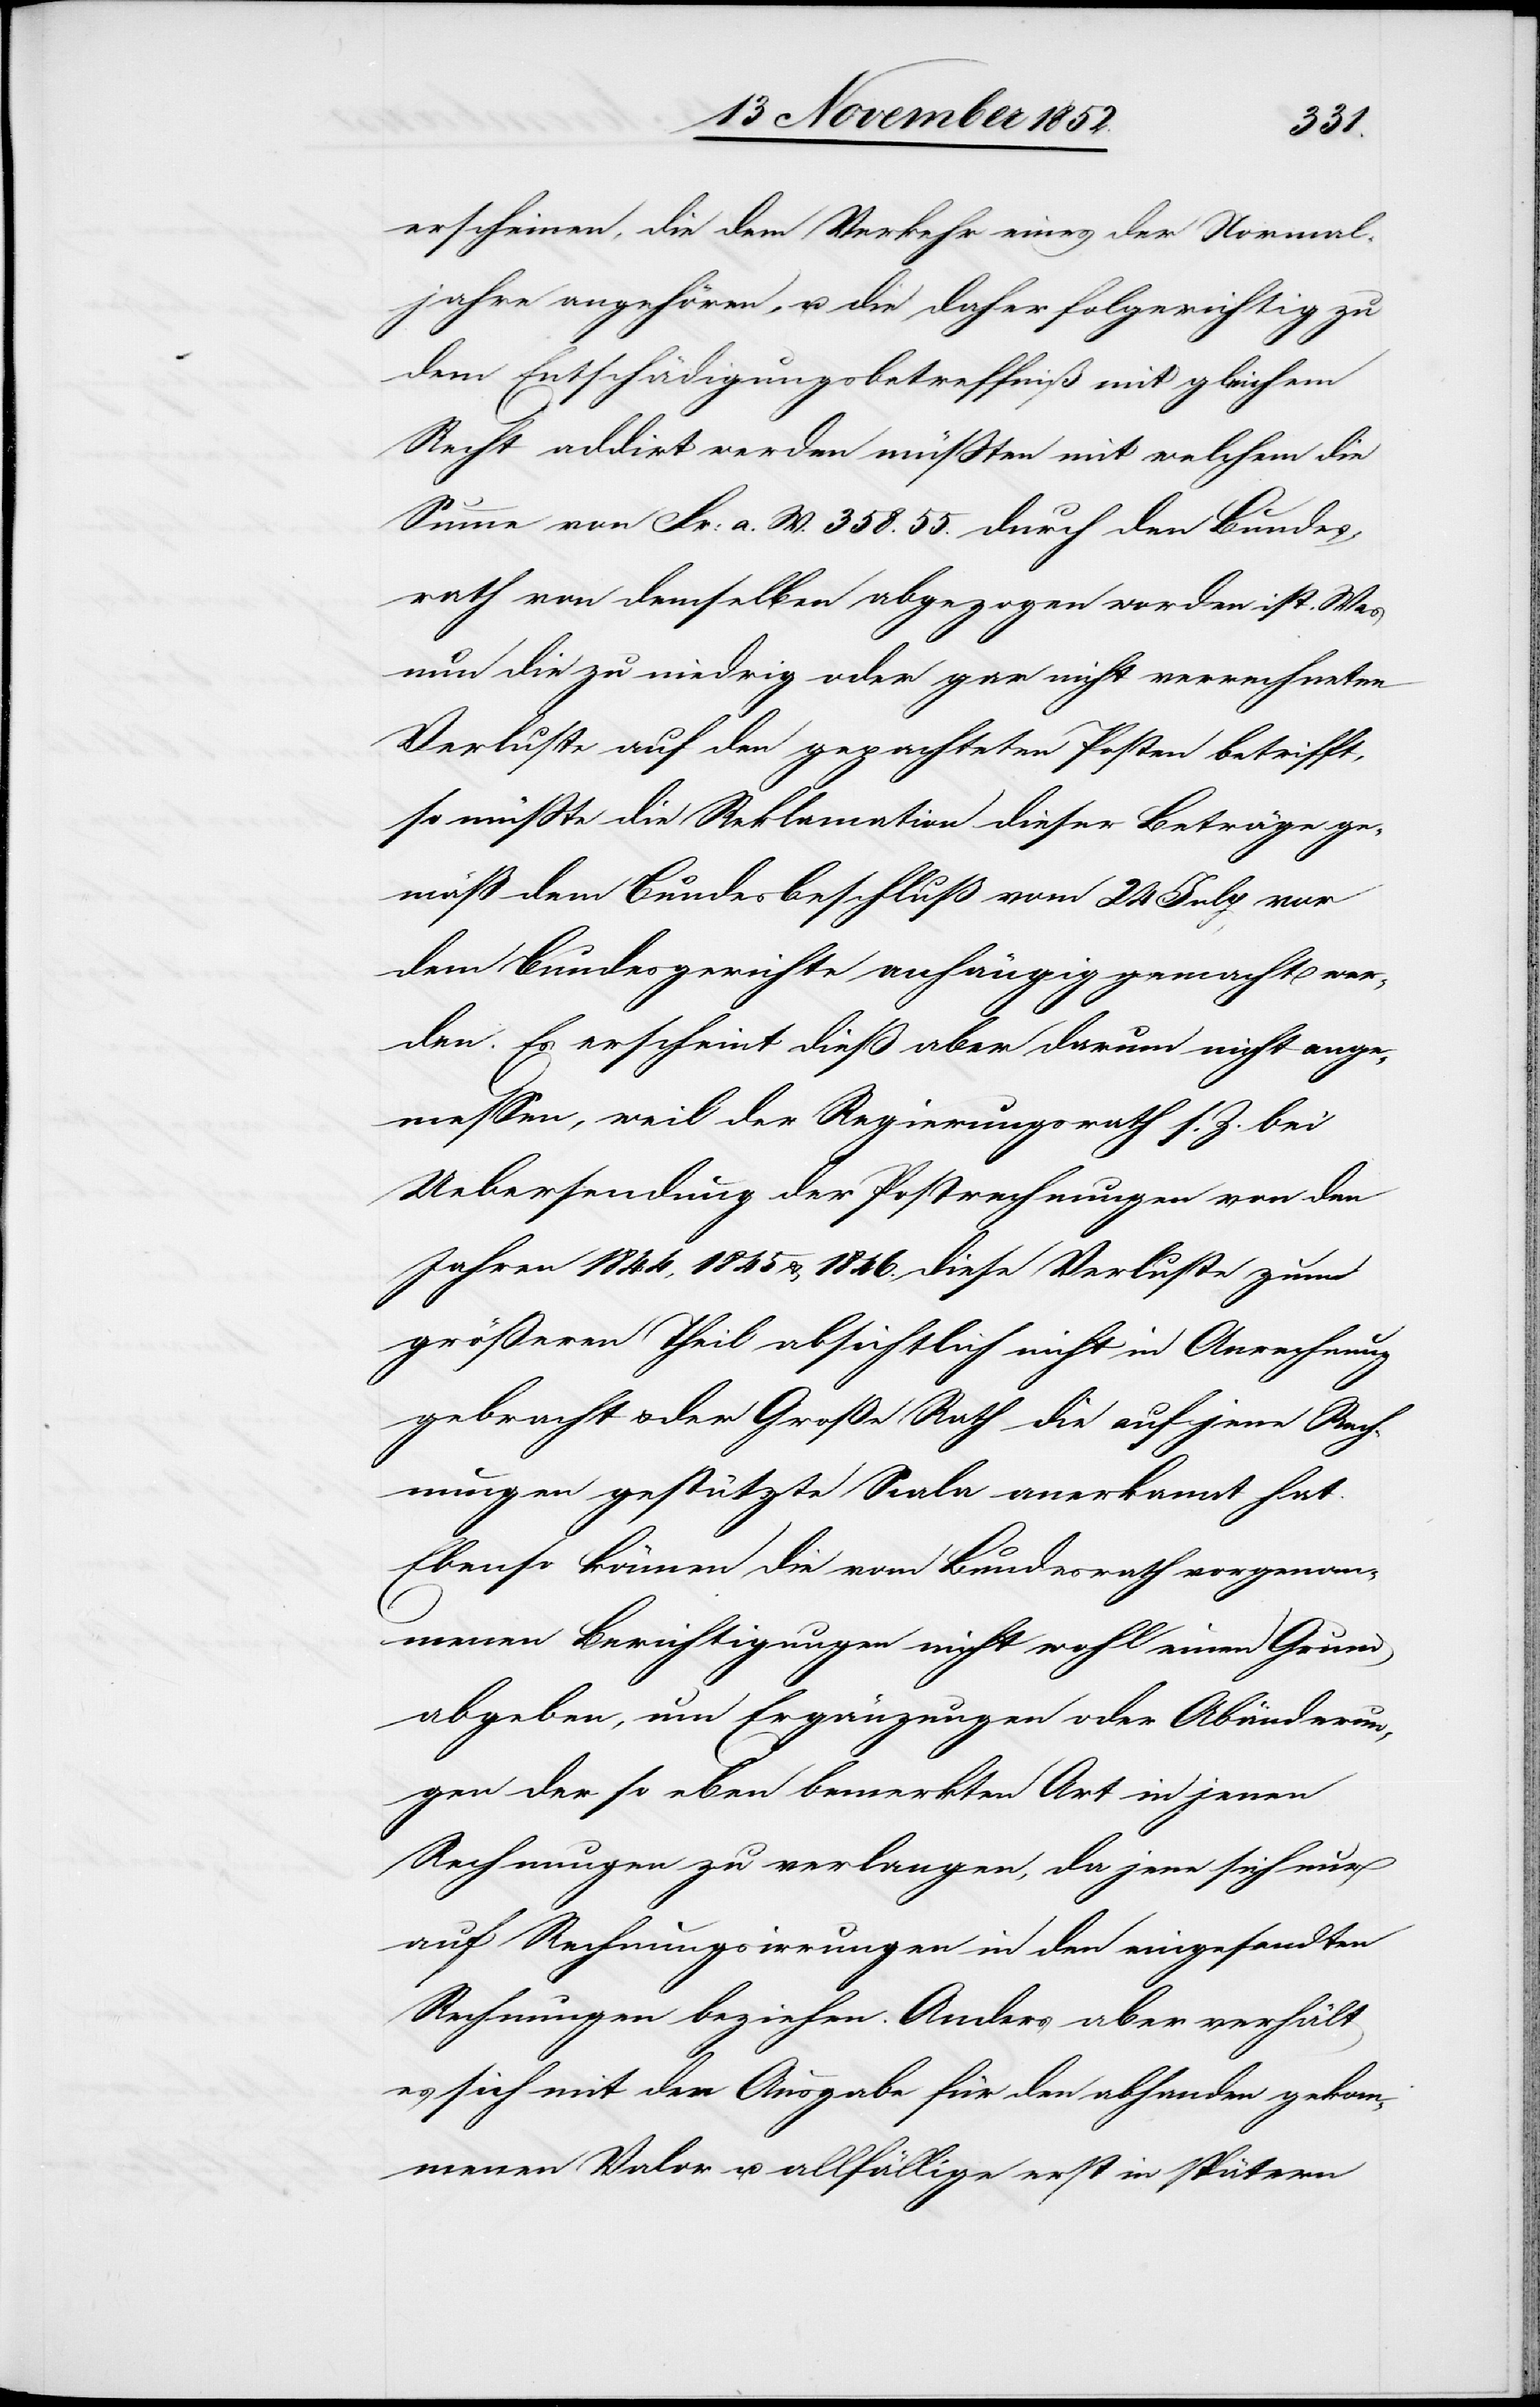
erscheinen, die dem Verkehr eines der Normal¬
jahre angehören, u. die daher folgerichtig zu
dem Entschädigungsbetreffniß mit gleichem
Recht addirt werden müßten mit welchem die
Summe von Fr: a. W. 358. 55. durch den Bundes¬
rath von demselben abgezogen worden ist. Was
nun die zu niedrig oder gar nicht verrechneten
Verluste auf den gepachteten Posten betrifft,
so müßte die Reklamation dieser Beträge ge¬
mäß dem Bundesbeschluß vom 24 July vor
dem Bundesgerichte anhängig gemacht wer¬
den. Es erscheint dieß aber darum nicht ange¬
messen, weil der Regierungsrath s. Z. bei
Uebersendung der Postrechnungen von den
Jahren 1844, 1845 & 1846. diese Verluste zum
größeren Theil absichtlich nicht in Anrechnung
gebracht & der Große Rath die auf jene Rech¬
nungen gestützte Scala anerkannt hat.
Ebenso können die vom Bundesrath vorgenom¬
menen Berichtigungen nicht wohl einen Grund
abgeben, um Ergänzungen oder Abänderun¬
gen der so eben bemerkten Art in jenen
Rechnungen zu verlangen, da jene sich nur
auf Rechnungsirrungen in den eingesandten
Rechnungen beziehen. Anders aber verhält
es sich mit der Ausgabe für den abhanden gekom¬
menen Valor u. allfällige erst in spätern